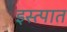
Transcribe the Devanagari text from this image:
इस्त्पात